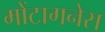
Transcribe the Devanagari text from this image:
मोंटागनेस